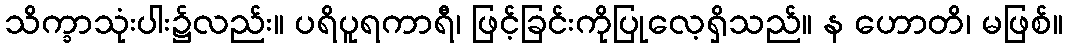
သိက္ခာသုံးပါး၌လည်း။ ပရိပူရကာရီ၊ ဖြင့်ခြင်းကိုပြုလေ့ရှိသည်။ န ဟောတိ၊ မဖြစ်။